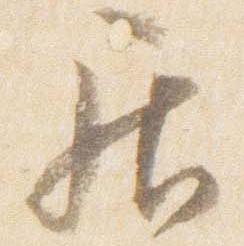
居